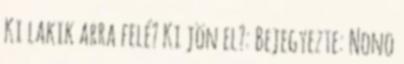
Ki lakik arra felé? Ki jön el?: Bejegyezte: Nono